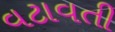
વટાવતી